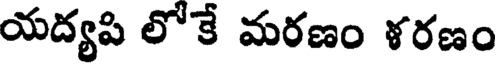
యద్యపి లోకే మరణం ళరణం